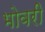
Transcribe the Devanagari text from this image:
भोवरी